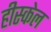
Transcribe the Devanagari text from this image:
हीस्केल